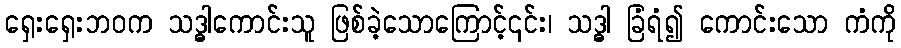
ရှေးရှေးဘဝက သဒ္ဓါကောင်းသူ ဖြစ်ခဲ့သောကြောင့်၎င်း၊ သဒ္ဓါ ခြံရံ၍ ကောင်းသော ကံကို